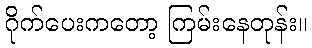
ဂိုက်ပေးကတော့ ကြမ်းနေတုန်း။